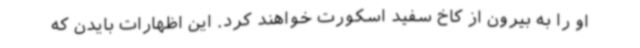
او را به بیرون از کاخ سفید اسکورت خواهند کرد. این اظهارات بایدن که